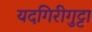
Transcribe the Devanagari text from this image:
यदगिरीगुट्टा